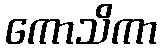
ကောသိကာ